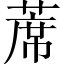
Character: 蓆